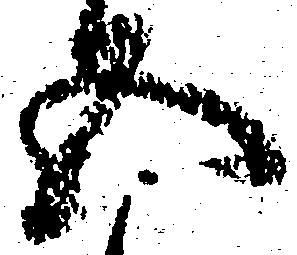
五